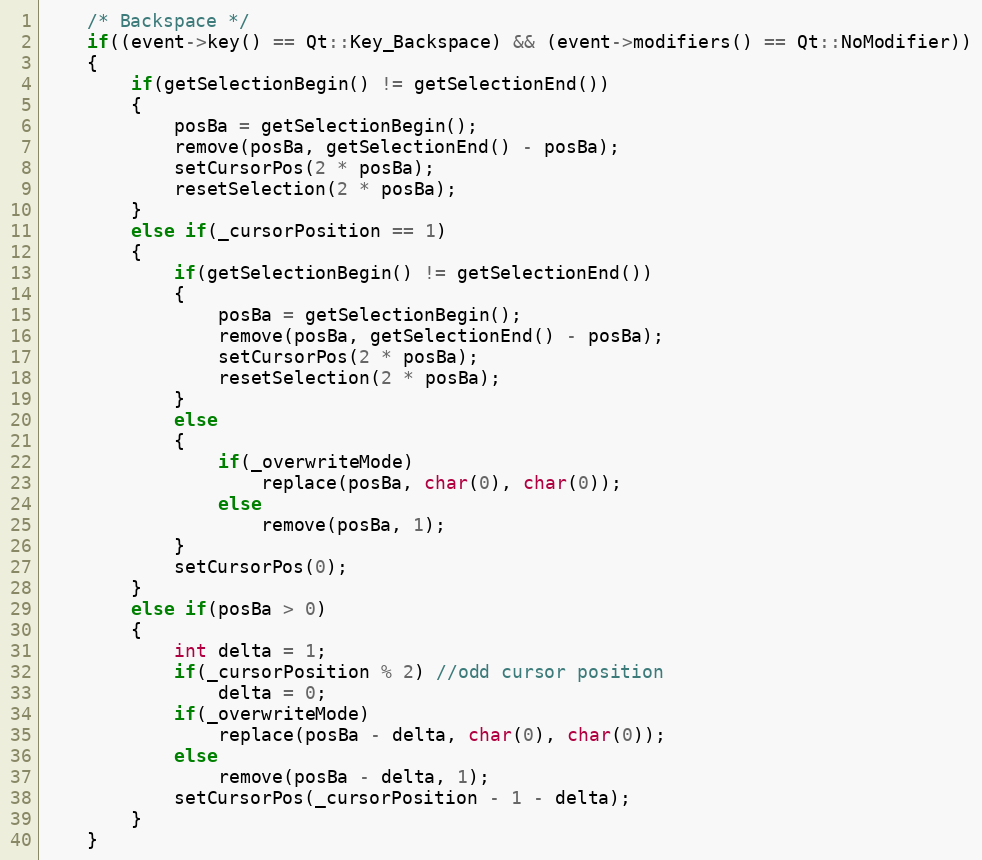
Language: C++
    /* Backspace */
    if((event->key() == Qt::Key_Backspace) && (event->modifiers() == Qt::NoModifier))
    {
        if(getSelectionBegin() != getSelectionEnd())
        {
            posBa = getSelectionBegin();
            remove(posBa, getSelectionEnd() - posBa);
            setCursorPos(2 * posBa);
            resetSelection(2 * posBa);
        }
        else if(_cursorPosition == 1)
        {
            if(getSelectionBegin() != getSelectionEnd())
            {
                posBa = getSelectionBegin();
                remove(posBa, getSelectionEnd() - posBa);
                setCursorPos(2 * posBa);
                resetSelection(2 * posBa);
            }
            else
            {
                if(_overwriteMode)
                    replace(posBa, char(0), char(0));
                else
                    remove(posBa, 1);
            }
            setCursorPos(0);
        }
        else if(posBa > 0)
        {
            int delta = 1;
            if(_cursorPosition % 2) //odd cursor position
                delta = 0;
            if(_overwriteMode)
                replace(posBa - delta, char(0), char(0));
            else
                remove(posBa - delta, 1);
            setCursorPos(_cursorPosition - 1 - delta);
        }
    }